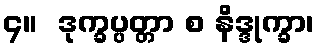
၄။  ဒုက္ခပ္ပတ္တာ စ နိဒ္ဒုက္ခာ၊